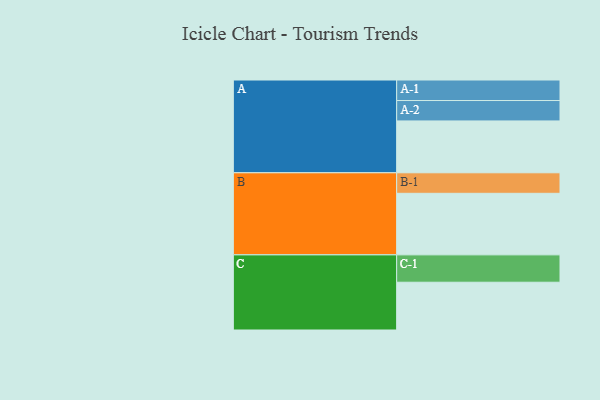
{"axis": {"x": "Segment", "y": "Value"}, "legend": ["", "A", "B", "C"], "data": [{"x": "A", "y": 470, "type": ""}, {"x": "B", "y": 558, "type": ""}, {"x": "C", "y": 433, "type": ""}, {"x": "A-1", "y": 186, "type": "A"}, {"x": "A-2", "y": 185, "type": "A"}, {"x": "B-1", "y": 186, "type": "B"}, {"x": "C-1", "y": 248, "type": "C"}]}